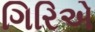
ગિરિએ